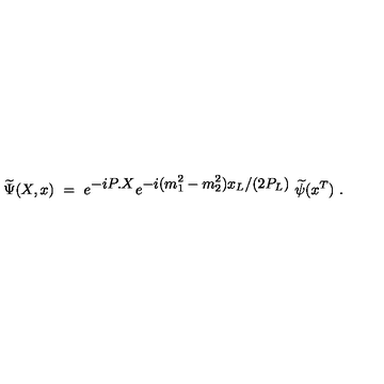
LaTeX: \widetilde \Psi ( X , x ) \ = \ e ^ { { \displaystyle - i P . X } } e ^ { { \displaystyle - i ( m _ { 1 } ^ { 2 } - m _ { 2 } ^ { 2 } ) x _ { L } / ( 2 P _ { L } ) } } \ \widetilde \psi ( x ^ { T } ) \ .